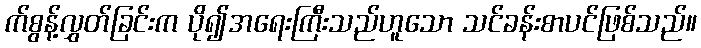
က်စွန့်လွှတ်ခြင်းက ပို၍အရေးကြီးသည်ဟူသော သင်ခန်းစာပင်ဖြစ်သည်။